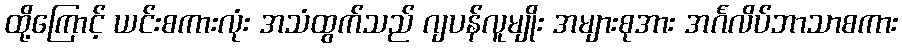
ထို့ကြောင့် ယင်းစကားလုံး အသံထွက်သည် ဂျပန်လူမျိုး အများစုအား အင်္ဂလိပ်ဘာသာစကား